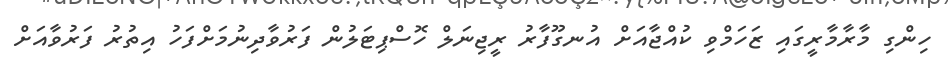
ހިންގި މާރާމާރީގައި ޒަހަމްވި ކުއްޖާއަށް އުނގޫފާރު ރީޖިނަލް ހޮސްޕިޓަލުން ފަރުވާދިނުމަށްފަހު އިތުރު ފަރުވާއަށް